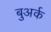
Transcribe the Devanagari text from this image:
बुअर्क